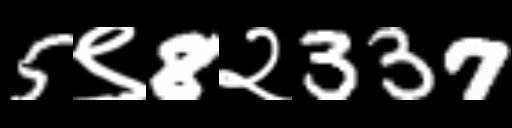
Text: 5९8२337